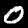
Label: 0